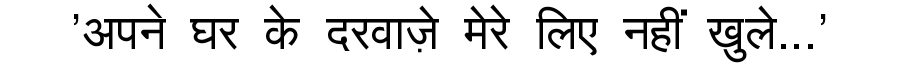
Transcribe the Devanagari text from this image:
'अपने घर के दरवाज़े मेरे लिए नहीं खुले...'